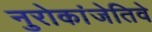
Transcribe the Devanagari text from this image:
नुरोकांजेतिवे